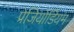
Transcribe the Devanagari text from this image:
प्रेजियोडियम